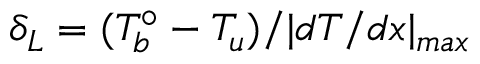
\delta _ { L } = ( T _ { b } ^ { \circ } - T _ { u } ) / | d T / d x | _ { m a x }